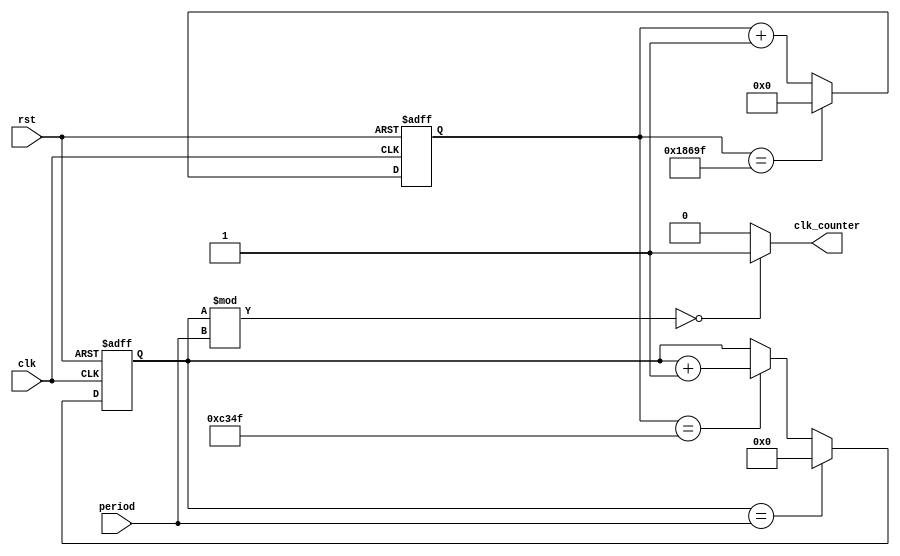
module counter(
    input clk,
    input rst,
    input [15:0] period,
    output clk_counter
);

reg [16:0] count;
reg [15:0] ms;

assign clk_counter = (ms % period == 0) ? 1'b1 : 1'b0;

always @(posedge clk, posedge rst) begin
    if (rst)
        count <= 17'b0;
    else if (count == (17'd100_000) - 1)
        count <= 17'b0;
    else
        count <= count + 1;
end

always @(posedge clk, posedge rst) begin
    if (rst)
        ms <= 16'b0;
    else if (ms == period)
        ms <= 16'b0;
    else if (count == (17'd100_000 >> 1) - 1)
        ms <= ms + 1;
end

endmodule